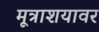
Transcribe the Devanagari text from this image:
मूत्राशयावर